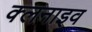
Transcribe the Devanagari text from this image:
क्लनाइव